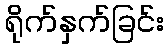
ရိုက်နှက်ခြင်း